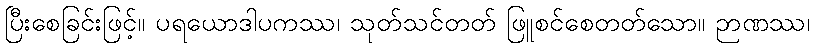
ပြီးစေခြင်းဖြင့်။ ပရယောဒါပကဿ၊ သုတ်သင်တတ် ဖြူစင်စေတတ်သော။ ဉာဏဿ၊